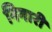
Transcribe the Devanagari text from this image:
निगारी